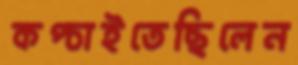
কপ্‌চাইতেছিলেন